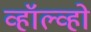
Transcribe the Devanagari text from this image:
व्हॉल्व्हो